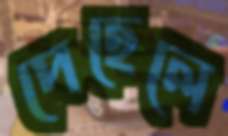
পেহেলে